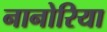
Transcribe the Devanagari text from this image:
नानोरिया